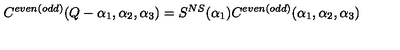
C ^ { e v e n ( o d d ) } ( Q - \alpha _ { 1 } , \alpha _ { 2 } , \alpha _ { 3 } ) = S ^ { N S } ( \alpha _ { 1 } ) C ^ { e v e n ( o d d ) } ( \alpha _ { 1 } , \alpha _ { 2 } , \alpha _ { 3 } )